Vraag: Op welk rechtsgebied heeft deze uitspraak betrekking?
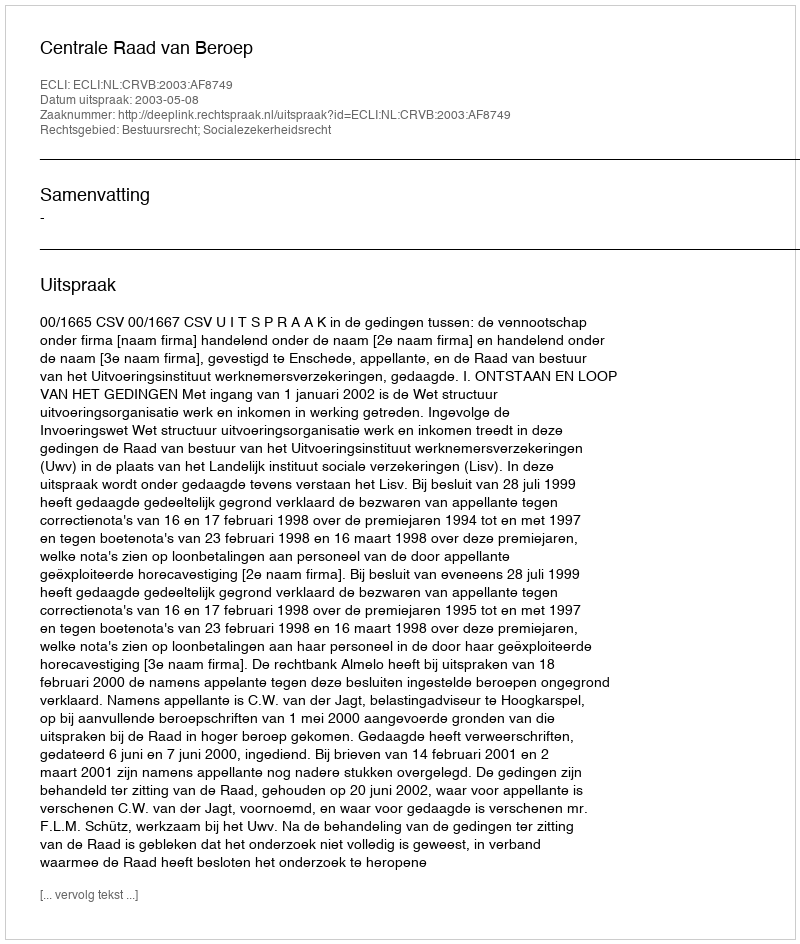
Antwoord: Bestuursrecht; Socialezekerheidsrecht